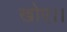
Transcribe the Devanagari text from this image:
खोए।।